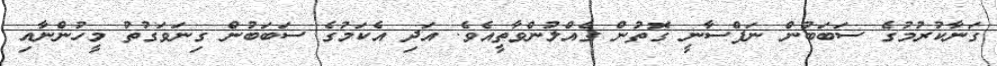
ގަނާކުރުމުގެ ސަބަބުން ނަފްސާނީ ގޮތުން ގެއްލުންވާތީއެވެ. އަދި އެކަމުގެ ސަބަބުން ގިނަވަގުތު މީހުންނާއި